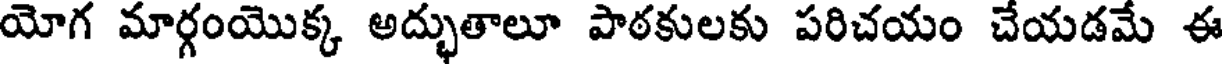
యోగ మార్గంయొక్క అద్భుతాలూ పాఠకులకు పరిచయం చేయడమే ఈ